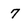
Character: 7